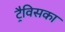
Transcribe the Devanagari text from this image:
ट्रैविसका